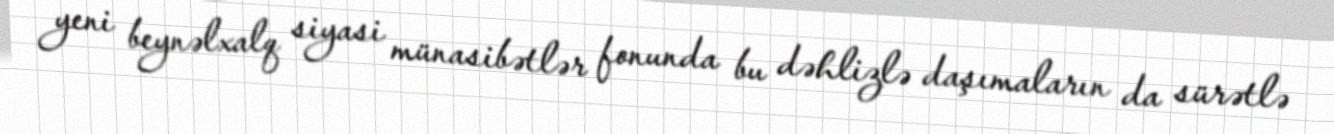
yeni beynəlxalq siyasi münasibətlər fonunda bu dəhlizlə daşımaların da sürətlə